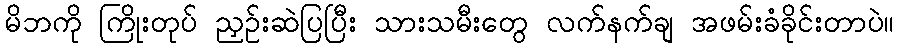
မိဘကို ကြိုးတုပ် ညှဉ်းဆဲပြပြီး သားသမီးတွေ လက်နက်ချ အဖမ်းခံခိုင်းတာပဲ။